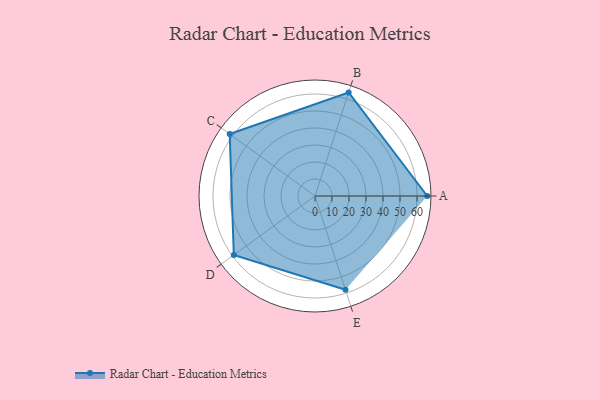
{"axis": {"x": "Skill", "y": "Score"}, "legend": ["Profile"], "data": [{"x": "A", "y": 66.0, "type": "Profile"}, {"x": "B", "y": 64.0, "type": "Profile"}, {"x": "C", "y": 62.0, "type": "Profile"}, {"x": "D", "y": 59.0, "type": "Profile"}, {"x": "E", "y": 58.0, "type": "Profile"}]}